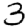
Digit: 3